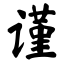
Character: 谨